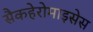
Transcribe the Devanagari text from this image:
सैकहेरोमाइसेस